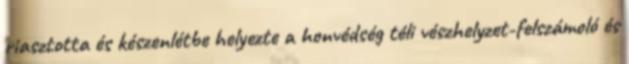
riasztotta és készenlétbe helyezte a honvédség téli vészhelyzet-felszámoló és